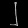
Digit: ၂